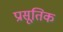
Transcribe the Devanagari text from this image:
प्रासूतिक